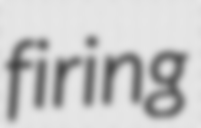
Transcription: firing